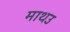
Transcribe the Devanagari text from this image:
माथउ